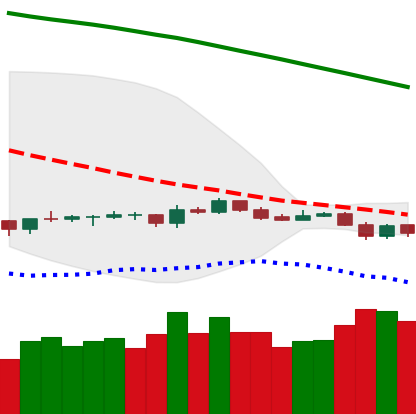
Ticker: LTC-USD
Chart end date: 2019-10-18
Forward return: -7.223%
Label: down_7plus